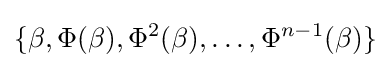
\{\beta ,\Phi (\beta ),\Phi ^{2}(\beta ),\ldots ,\Phi ^{n-1}(\beta )\}